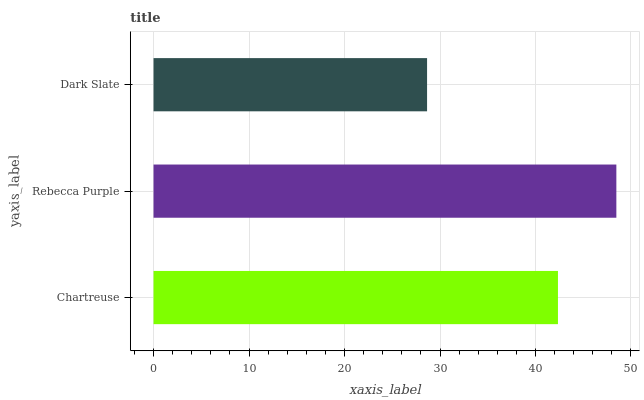
| yaxis_label | bars |
 | --- | --- |
 | Chartreuse | 42.4 |
 | Rebecca Purple | 48.5 |
 | Dark Slate | 28.6 |